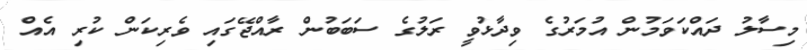
މިސާލު ދައްކަވަމުން އުމަރުގެ ވިދާޅުވީ ރަލުގެ ސަބަބުން ރާއްޖޭގައި ވެރިކަން ކުރި އެއް